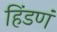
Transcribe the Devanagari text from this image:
हिंडणं